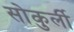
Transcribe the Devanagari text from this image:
सोकुर्ली